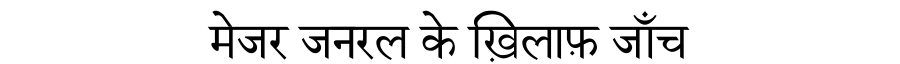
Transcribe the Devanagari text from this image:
मेजर जनरल के ख़िलाफ़ जाँच